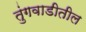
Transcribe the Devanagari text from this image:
तुंगवाडीतील